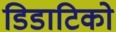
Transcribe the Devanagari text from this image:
डिडाटिको